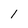
Character: 1